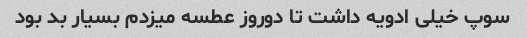
سوپ خیلی ادویه داشت تا دوروز عطسه میزدم بسیار بد بود